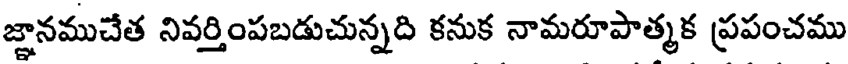
జ్ఞానముచేత నివర్తింపబడుచున్నది కనుక నామరూపాత్మక ప్రపంచము